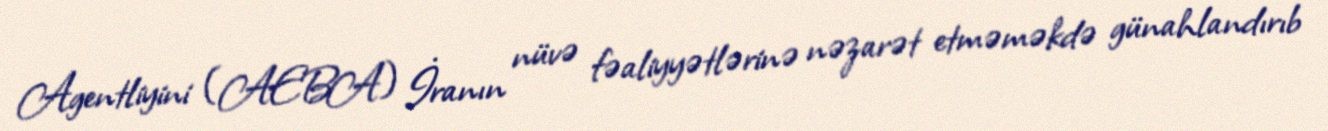
Agentliyini (AEBA) İranın nüvə fəaliyyətlərinə nəzarət etməməkdə günahlandırıb